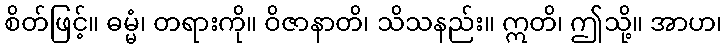
စိတ်ဖြင့်။ ဓမ္မံ၊ တရားကို။ ဝိဇာနာတိ၊ သိသနည်း။ ဣတိ၊ ဤသို့။ အာဟ၊